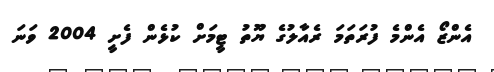
އެންޒޯ އެންމެ ފުރަތަމަ ރެއާލުގެ ޔޫތު ޓީމަށް ކުޅެން ފެށީ 2004 ވަނަ